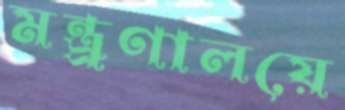
মন্ত্র্রণালয়ে